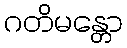
ဂတိမန္တော